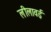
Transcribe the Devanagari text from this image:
लीलावई